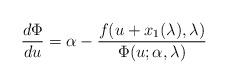
LaTeX: \begin{align*}\frac{d\Phi}{du}=\alpha -\frac{f(u+x_{1}(\lambda),\lambda)}{\Phi(u;\alpha,\lambda)}\end{align*}